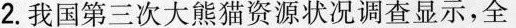
2.我国第三次大熊猫资源状况调查显示，全